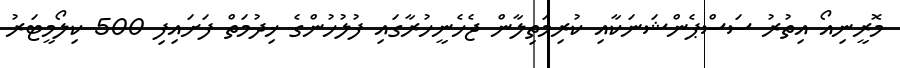
މޮރީނިއޯ އިތުރު ސަސްޕެންޝަނަކާއި ކުރިމަތިލާން ޖެހެނީހުރާގައި ފުލުހުންގެ ޚިދުމަތް ފަށައިފި 500 ކިލޯމީޓަރު